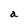
Character: a